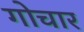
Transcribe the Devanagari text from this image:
गोचार